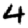
Digit: 4